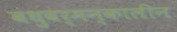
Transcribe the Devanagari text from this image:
बंधुवर्मन्कालीन